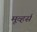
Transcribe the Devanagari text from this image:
मूव्हर्स